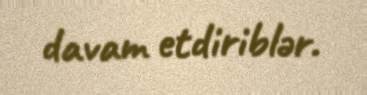
davam etdiriblər.